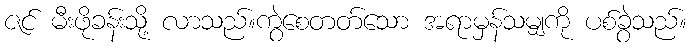
ဇင် မီးဖိုခန်းသို့ လာသည်။ကွဲစေတတ်သော အရာမှန်သမျှကို ပစ်ခွဲသည်။